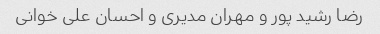
رضا رشید پور و مهران مدیری و احسان علی خوانی